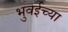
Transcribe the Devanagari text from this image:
भुवईच्या